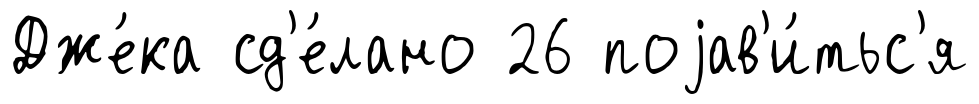
Дже́ка сд'е́лано 26 поjав'и́тьс'я